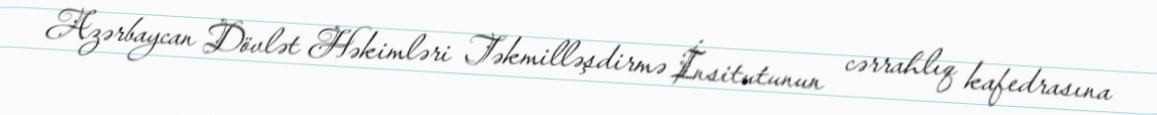
Azərbaycan Dövlət Həkimləri Təkmilləşdirmə İnsitutunun cərrahlıq kafedrasına